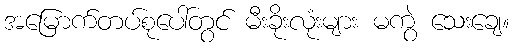
အမြောက်တပ်စုပေါ်တွင် မီးခိုးလုံးများ မကွဲ သေးချေ။